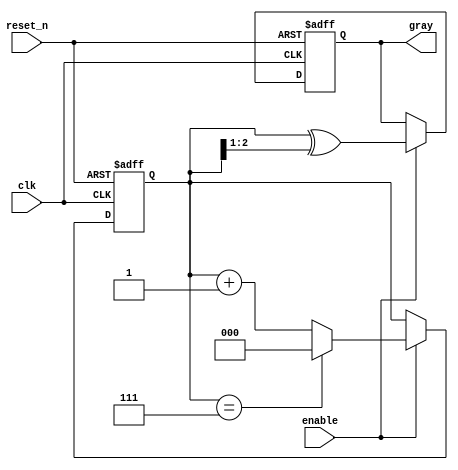
module gray_code_counter (
    input wire clk,         // Clock input
    input wire reset_n,     // Asynchronous active-low reset
    input wire enable,      // Enable counting
    output reg [2:0] gray   // 3-bit Gray Code output
);

    // Internal binary counter
    reg [2:0] binary_count;

    // Binary to Gray Code conversion function
    function [2:0] binary_to_gray;
        input [2:0] binary;
        binary_to_gray = binary ^ (binary >> 1);
    endfunction

    // Always block for counting
    always @(posedge clk or negedge reset_n) begin
        if (!reset_n) begin
            // Asynchronous reset to 0 (Gray Code 000)
            binary_count <= 3'b000;
            gray <= binary_to_gray(3'b000);
        end else if (enable) begin
            // Increment binary counter
            binary_count <= binary_count + 1'b1;
            // Wrap-around when reaching max value (7 for 3-bit)
            if (binary_count == 3'b111) begin
                binary_count <= 3'b000; // Wrap to 0
            end
            // Update Gray code output
            gray <= binary_to_gray(binary_count);
        end
    end

endmodule